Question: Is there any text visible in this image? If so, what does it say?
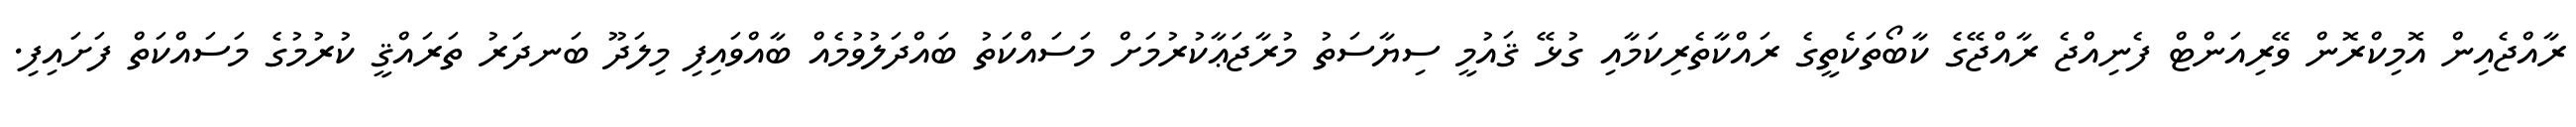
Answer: ރާއްޖެއިން އޮމިކްރޮން ވޭރިއަންޓް ފެނިއްޖެ ރާއްޖޭގެ ކާބޯތަކެތީގެ ރައްކާތެރިކަމާއި ގުޅޭ ޤައުމީ ސިޔާސަތު މުރާޖަޢާކުރުމަށް މަސައްކަތު ބައްދަލުވުމެއް ބާއްވައިފި މިލަދޫ ބަނދަރު ތަރައްޤީ ކުރުމުގެ މަސައްކަތް ފަށައިފި.